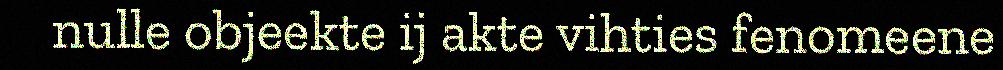
nulle objeekte ij akte vihties fenomeene